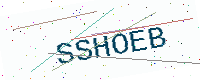
Text: SSHOEB